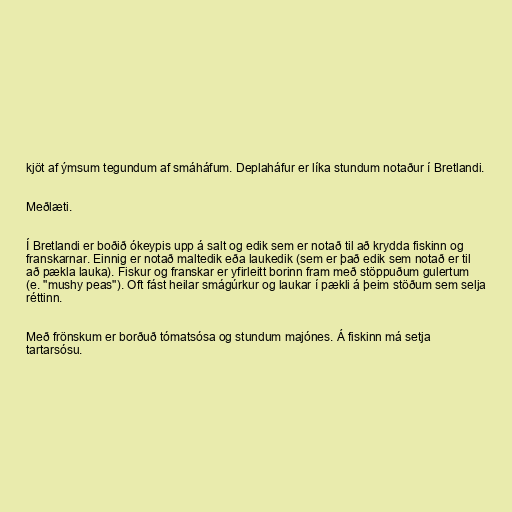
kjöt af ýmsum tegundum af smáháfum. Deplaháfur er líka stundum notaður í Bretlandi.

Meðlæti.

Í Bretlandi er boðið ókeypis upp á salt og edik sem er notað til að krydda fiskinn og
franskarnar. Einnig er notað maltedik eða laukedik (sem er það edik sem notað er til
að pækla lauka). Fiskur og franskar er yfirleitt borinn fram með stöppuðum gulertum
(e. "mushy peas"). Oft fást heilar smágúrkur og laukar í pækli á þeim stöðum sem selja
réttinn.

Með frönskum er borðuð tómatsósa og stundum majónes. Á fiskinn má setja
tartarsósu.